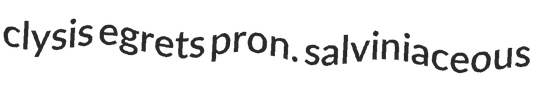
clysis egrets pron. salviniaceous